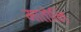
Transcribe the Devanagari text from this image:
मातोनि